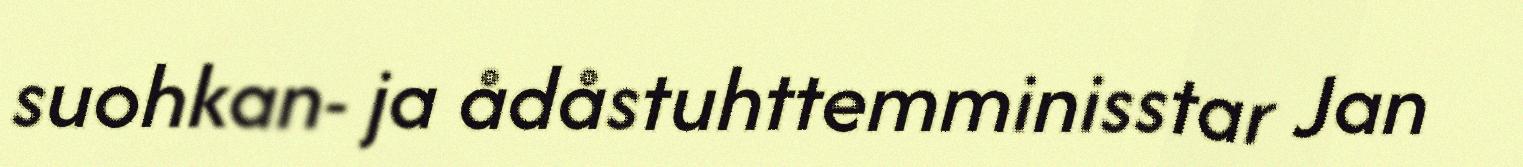
suohkan- ja ådåstuhttemminisstar Jan